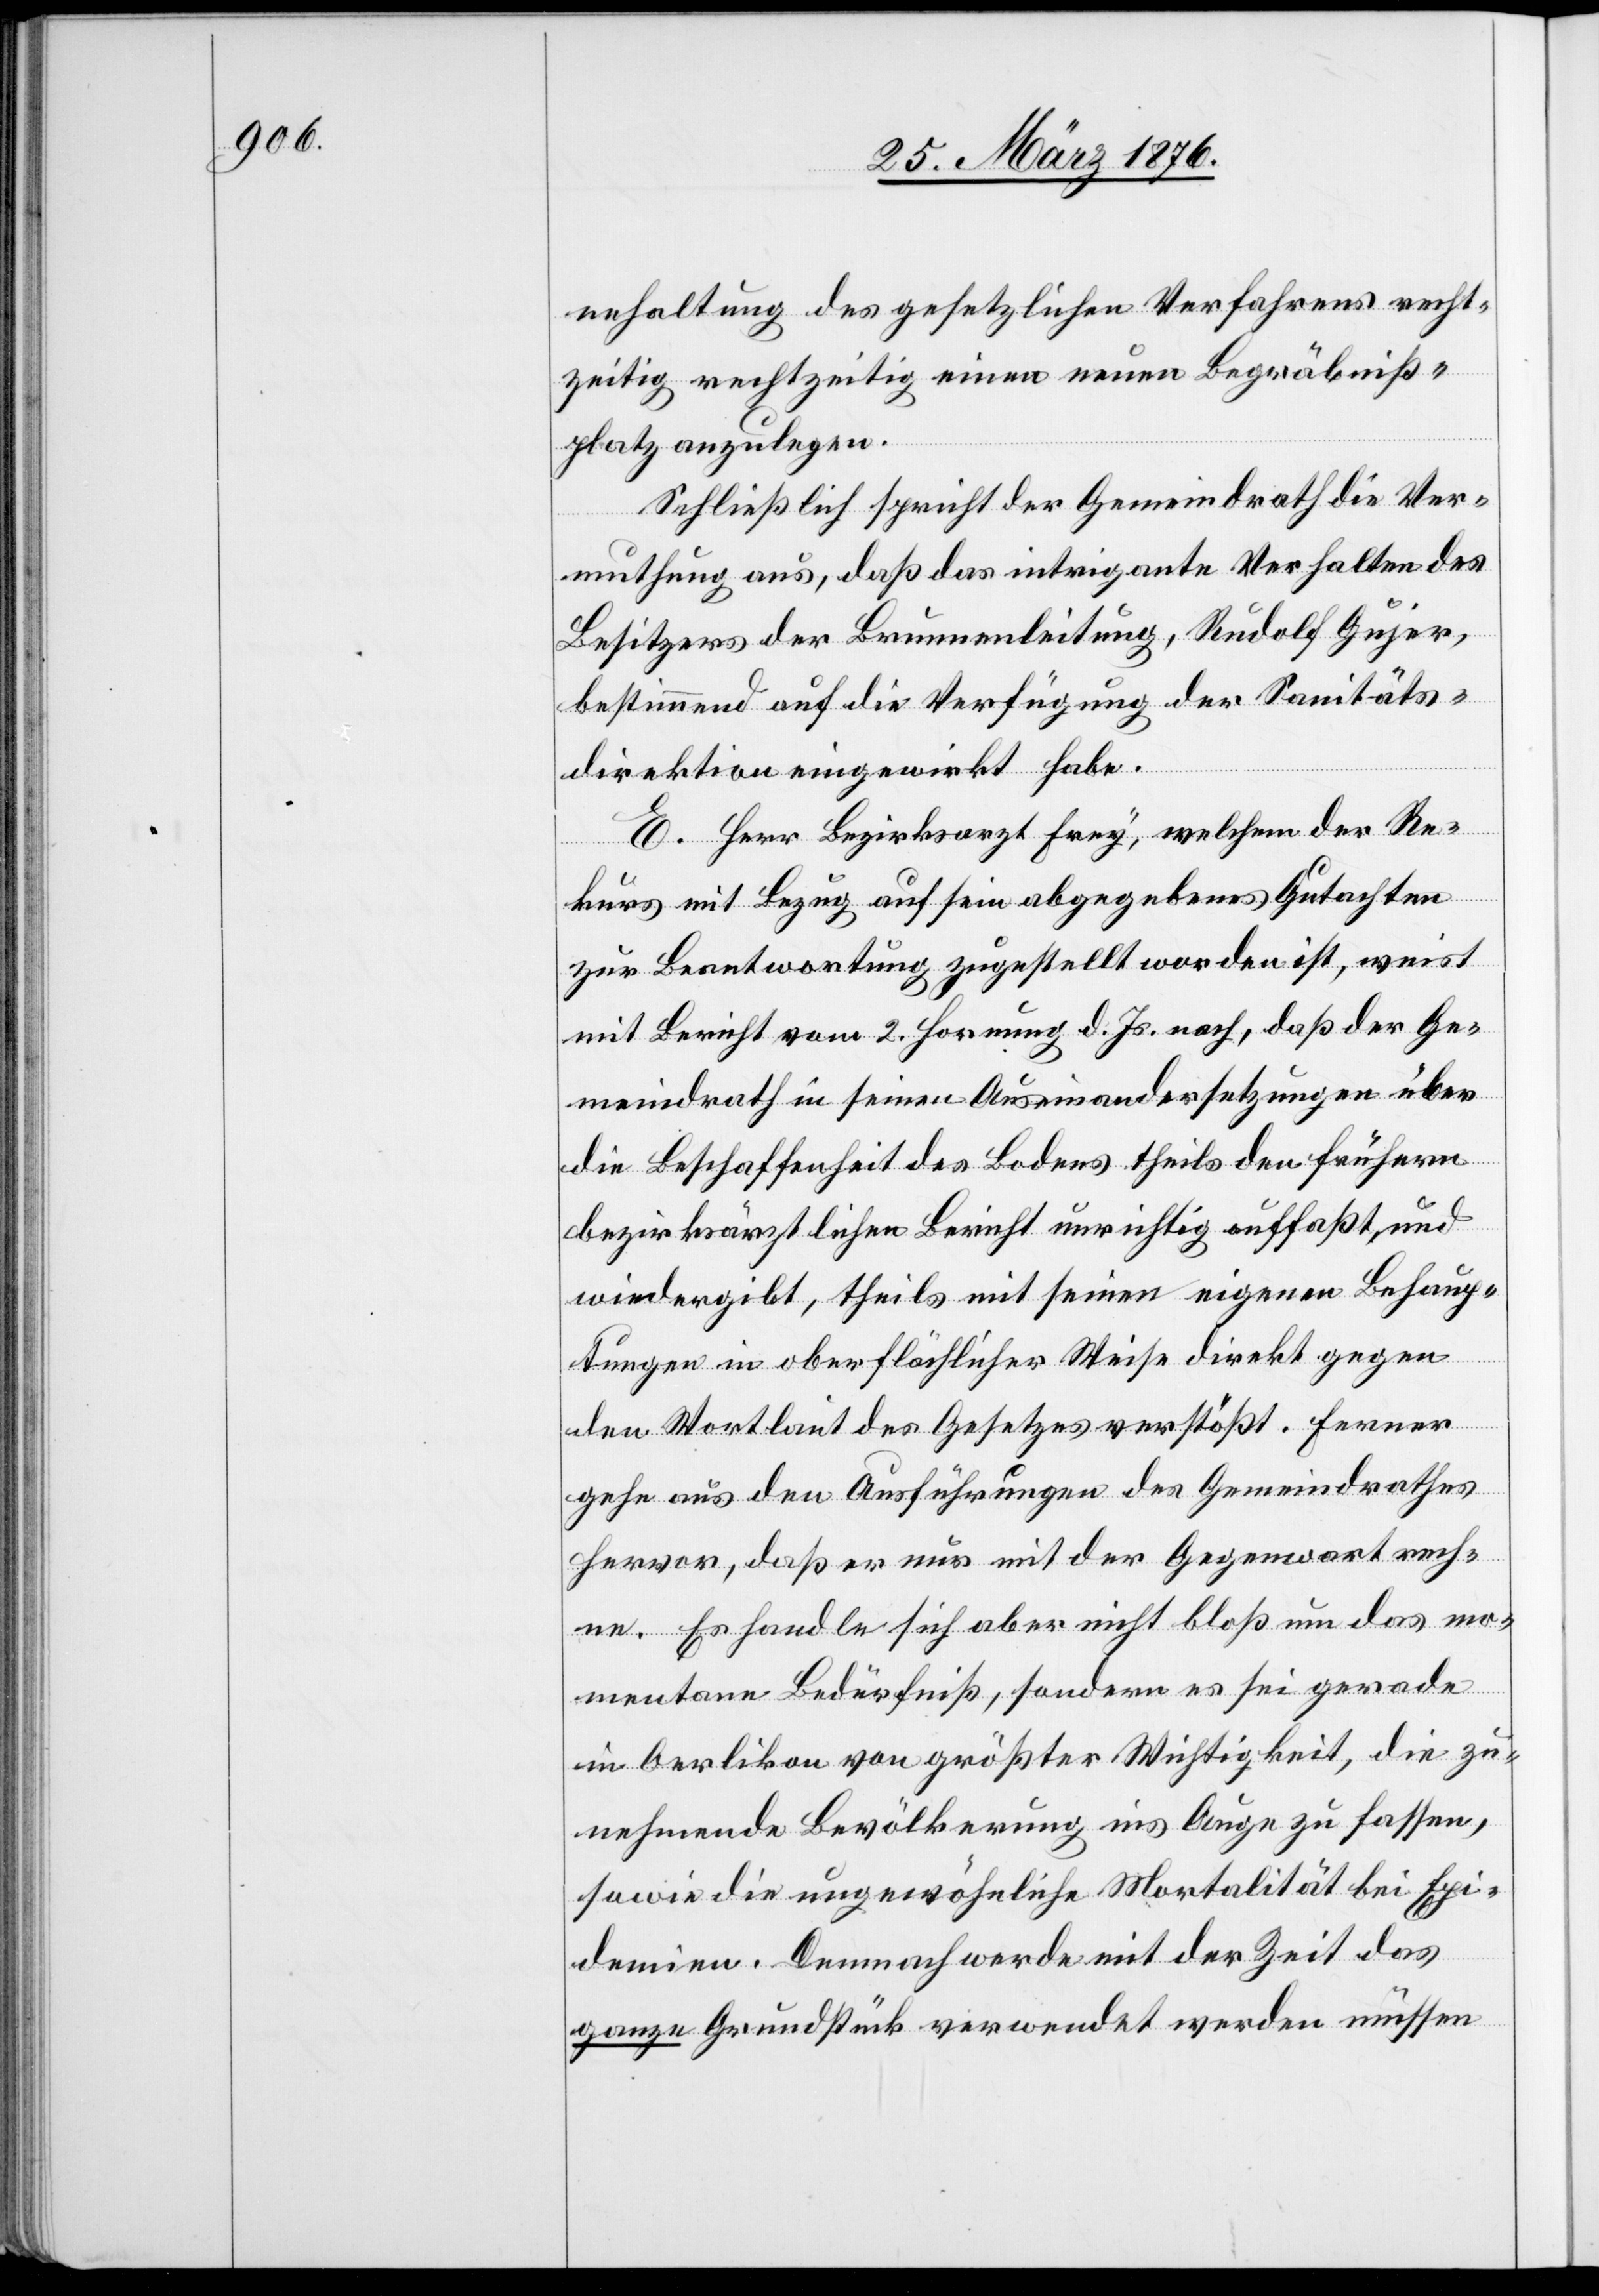
nehaltung des gesetzlichen Verfahrens recht¬
zeitig rechtzeitig [sic!] einen neuen Begräbniß¬
platz anzulegen.
Schließlich spricht der Gemeindrath die Ver¬
muthung aus, daß das intrigante Verhalten des
Besitzers der Brunnenleitung, Rudolf Gujer,
bestimmend auf die Verfügung der Sanitäts¬
direktion eingewirkt habe.
E. Herr Bezirksarzt Frey, welchem der Re¬
kurs mit Bezug auf sein abgegebenes Gutachten
zur Beantwortung zugestellt worden ist, weist
mit Bericht vom 2. Hornung d. Js. nach, daß der Ge¬
meindrath in seinen Auseinandersetzungen über
die Beschaffenheit des Bodens teils den frühern
bezirksräthlichen Bericht unrichtig auffaßt und
wiedergibt, theils mit seinen eigenen Behaup¬
tungen in oberflächlicher Weise direkt gegen
den Wortlaut des Gesetzes verstößt. Ferner
gehe aus den Ausführungen des Gemeindrathes
hervor, daß er nur mit der Gegenwart rech¬
ne. Es handle sich aber nicht bloß um das mo¬
mentane Bedürfniß, sondern es sei gerade
in Oerlikon von größter Wichtigkeit, die zu¬
nehmende Bevölkerung ins Auge zu fassen,
sowie die ungewöhnliche Mortalität bei Epi¬
demien. Demnach werde mit der Zeit das
ganze Grundstück verwendet werden müssen